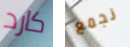
كارد نجمع